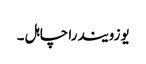
یوزویندرا چاہل ۔